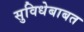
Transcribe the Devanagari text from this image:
सुविधेबाबत